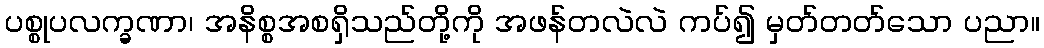
ပစ္စုပလက္ခဏာ၊ အနိစ္စအစရှိသည်တို့ကို အဖန်တလဲလဲ ကပ်၍ မှတ်တတ်သော ပညာ။